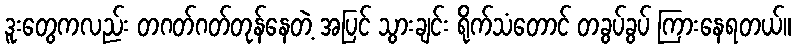
ဒူးတွေကလည်း တဂတ်ဂတ်တုန်နေတဲ့ အပြင် သွားချင်း ရိုက်သံတောင် တခွပ်ခွပ် ကြားနေရတယ်။